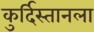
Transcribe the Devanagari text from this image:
कुर्दिस्तानला